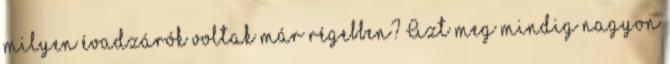
milyen évadzárók voltak már régebben? Azt meg mindig nagyon